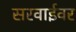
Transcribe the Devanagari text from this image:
सरवाईवर